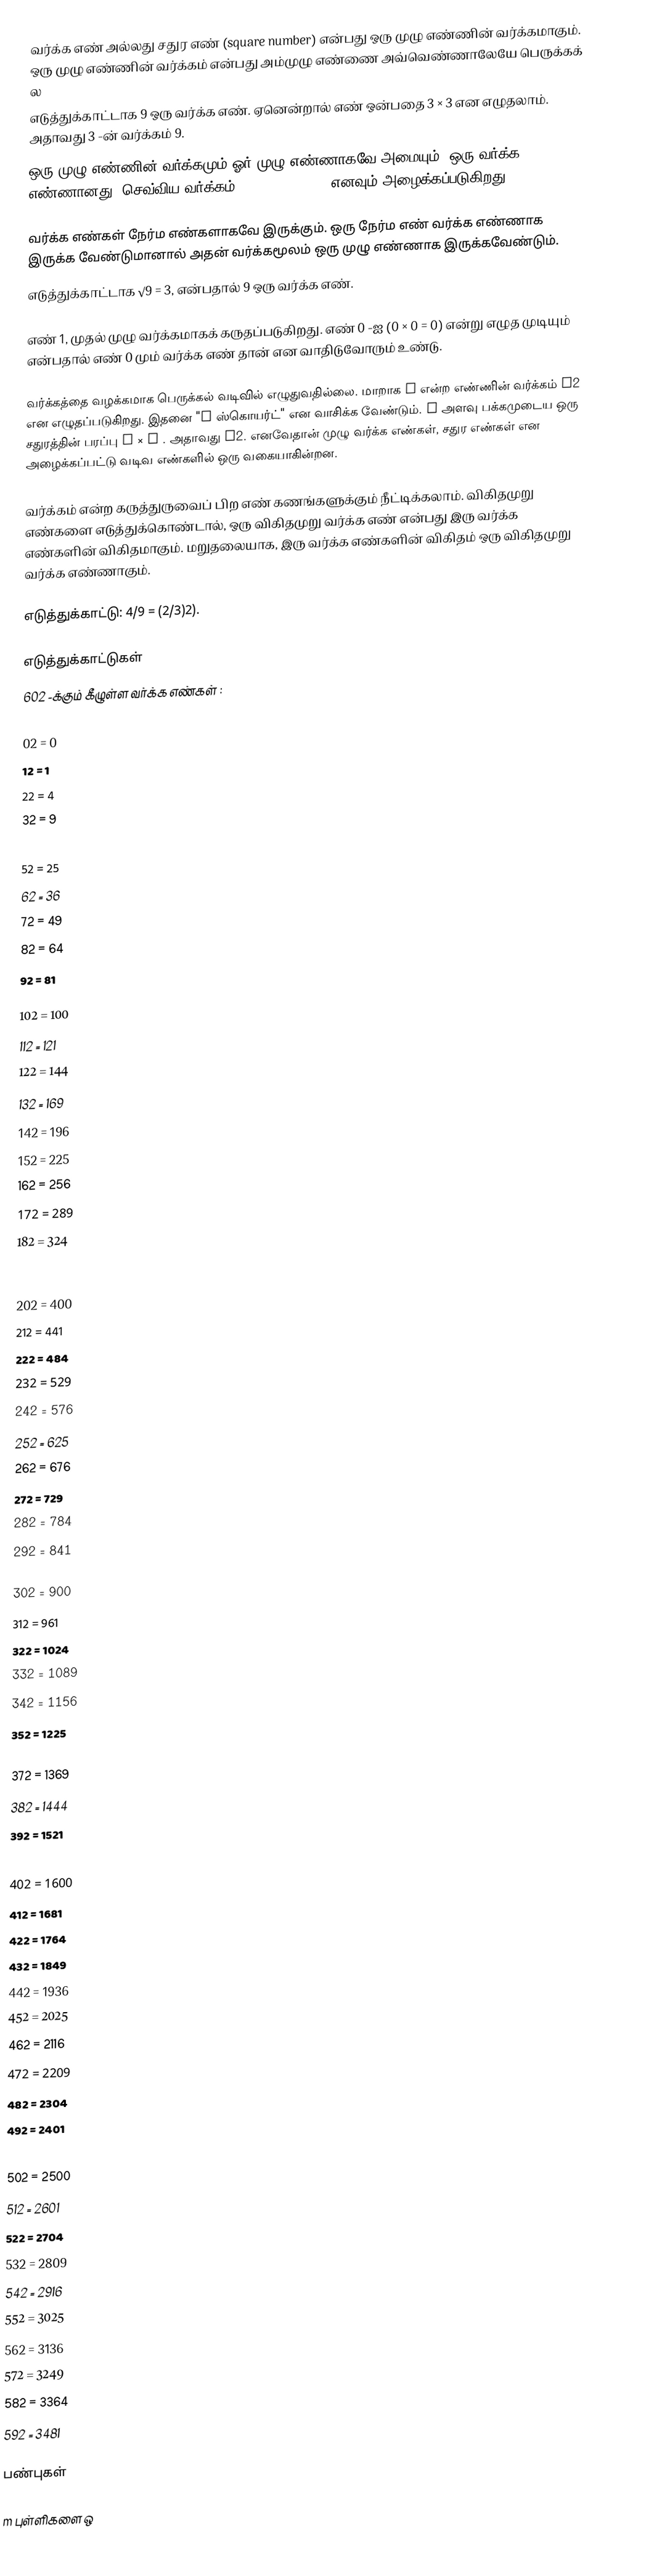
வர்க்க எண் அல்லது சதுர எண் (square number) என்பது ஒரு முழு எண்ணின் வர்க்கமாகும். ஒரு முழு எண்ணின் வர்க்கம் என்பது அம்முழு எண்ணை அவ்வெண்ணாலேயே பெருக்கக் ல
 எடுத்துக்காட்டாக 9 ஒரு வர்க்க எண். ஏனென்றால் எண் ஒன்பதை 3 × 3 என எழுதலாம். அதாவது 3 -ன் வர்க்கம் 9.
ஒரு முழு எண்ணின் வர்க்கமும் ஓர் முழு எண்ணாகவே அமையும். ஒரு வர்க்க எண்ணானது, செவ்விய வர்க்கம் (perfect square) எனவும் அழைக்கப்படுகிறது.

வர்க்க எண்கள் நேர்ம எண்களாகவே இருக்கும். ஒரு நேர்ம எண் வர்க்க எண்ணாக இருக்க வேண்டுமானால் அதன் வர்க்கமூலம் ஒரு முழு எண்ணாக இருக்கவேண்டும்.
எடுத்துக்காட்டாக  √9 = 3, என்பதால் 9 ஒரு வர்க்க எண்.

எண் 1, முதல் முழு வர்க்கமாகக் கருதப்படுகிறது. எண் 0 -ஐ (0 × 0 = 0) என்று எழுத முடியும் என்பதால் எண் 0 மும் வர்க்க எண் தான் என வாதிடுவோரும் உண்டு.

வர்க்கத்தை வழக்கமாக பெருக்கல் வடிவில் எழுதுவதில்லை. மாறாக n  என்ற எண்ணின் வர்க்கம் n2 என எழுதப்படுகிறது. இதனை "n ஸ்கொயர்ட்" என வாசிக்க வேண்டும்.   n   அளவு பக்கமுடைய ஒரு சதுரத்தின் பரப்பு n × n . அதாவது n2. எனவேதான் முழு வர்க்க எண்கள், சதுர எண்கள் என அழைக்கப்பட்டு வடிவ எண்களில் ஒரு வகையாகின்றன.

வர்க்கம் என்ற கருத்துருவைப் பிற எண் கணங்களுக்கும் நீட்டிக்கலாம். விகிதமுறு எண்களை எடுத்துக்கொண்டால், ஒரு விகிதமுறு வர்க்க எண் என்பது இரு வர்க்க எண்களின் விகிதமாகும். மறுதலையாக, இரு வர்க்க எண்களின் விகிதம் ஒரு  விகிதமுறு வர்க்க எண்ணாகும்.

எடுத்துக்காட்டு: 4/9 = (2/3)2).

எடுத்துக்காட்டுகள்
602 -க்கும் கீழுள்ள வர்க்க எண்கள் :

02 = 0
12 = 1
22 = 4
32 = 9
42 = 16
52 = 25
62 = 36
72 = 49
82 = 64
92 = 81

102 = 100
112 = 121
122 = 144
132 = 169
142 = 196
152 = 225
162 = 256
172 = 289
182 = 324
192 = 361

202 = 400
212 = 441
222 = 484
232 = 529
242 = 576
252 = 625
262 = 676
272 = 729
282 = 784
292 = 841

302 = 900
312 = 961
322 = 1024
332 = 1089
342 = 1156
352 = 1225
362 = 1296
372 = 1369
382 = 1444
392 = 1521

402 = 1600
412 = 1681
422 = 1764
432 = 1849
442 = 1936
452 = 2025
462 = 2116
472 = 2209
482 = 2304
492 = 2401

502 = 2500
512 = 2601
522 = 2704
532 = 2809
542 = 2916
552 = 3025
562 = 3136
572 = 3249
582 = 3364
592 = 3481

பண்புகள்

 m  புள்ளிகளை ஒ